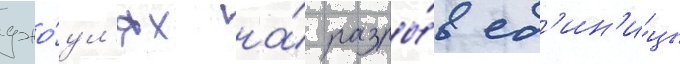
джо́ул'ях на́ разры́в ед'ин'и́цы